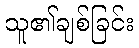
သူ၏ချစ်ခြင်း